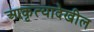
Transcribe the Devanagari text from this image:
आकृत्यादेखील